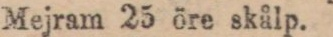
Mejram 25 öre skålp.